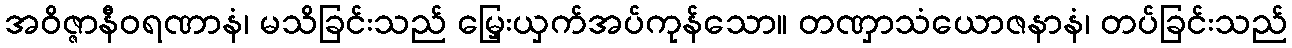
အဝိဇ္ဇာနီဝရဏာနံ၊ မသိခြင်းသည် မြှေးယှက်အပ်ကုန်သော။ တဏှာသံယောဇနာနံ၊ တပ်ခြင်းသည်